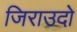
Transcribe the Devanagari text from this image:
जिराउदो